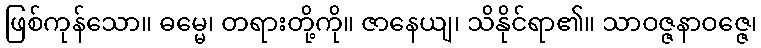
ဖြစ်ကုန်သော။ ဓမ္မေ၊ တရားတို့ကို။ ဇာနေယျ၊ သိနိုင်ရာ၏။ သာဝဇ္ဇနာဝဇ္ဇေ၊